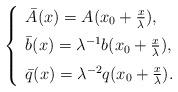
LaTeX: \begin{align*}\left \{ \begin{array}{lll} \bar A(x)=A(x_0+\frac{x}{\lambda}), \medskip\\\bar b(x)=\lambda^{-1} b(x_0+\frac{x}{\lambda}), \medskip\\\bar q(x)=\lambda^{-2} q(x_0+\frac{x}{\lambda}).\end{array}\right.\end{align*}